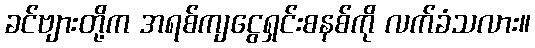
ခင်ဗျားတို့က အရစ်ကျငွေရှင်းစနစ်ကို လက်ခံသလား။